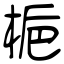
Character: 梔